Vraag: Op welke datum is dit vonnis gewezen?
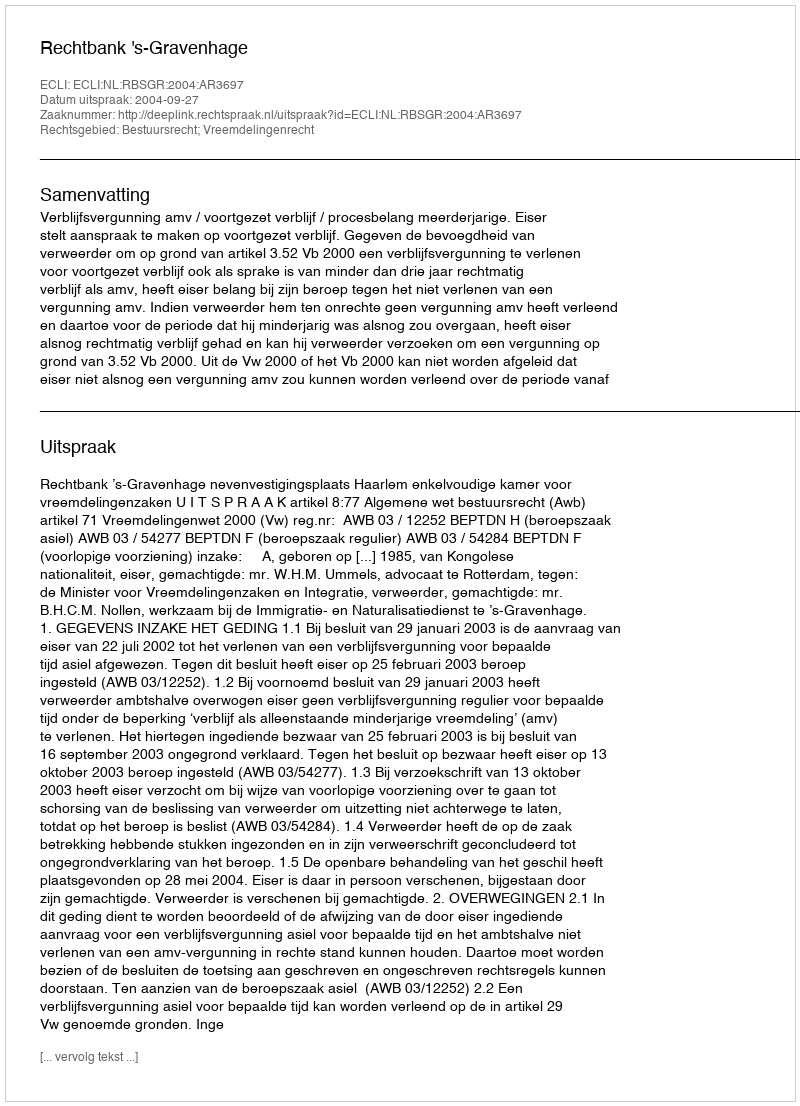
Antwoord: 2004-09-27